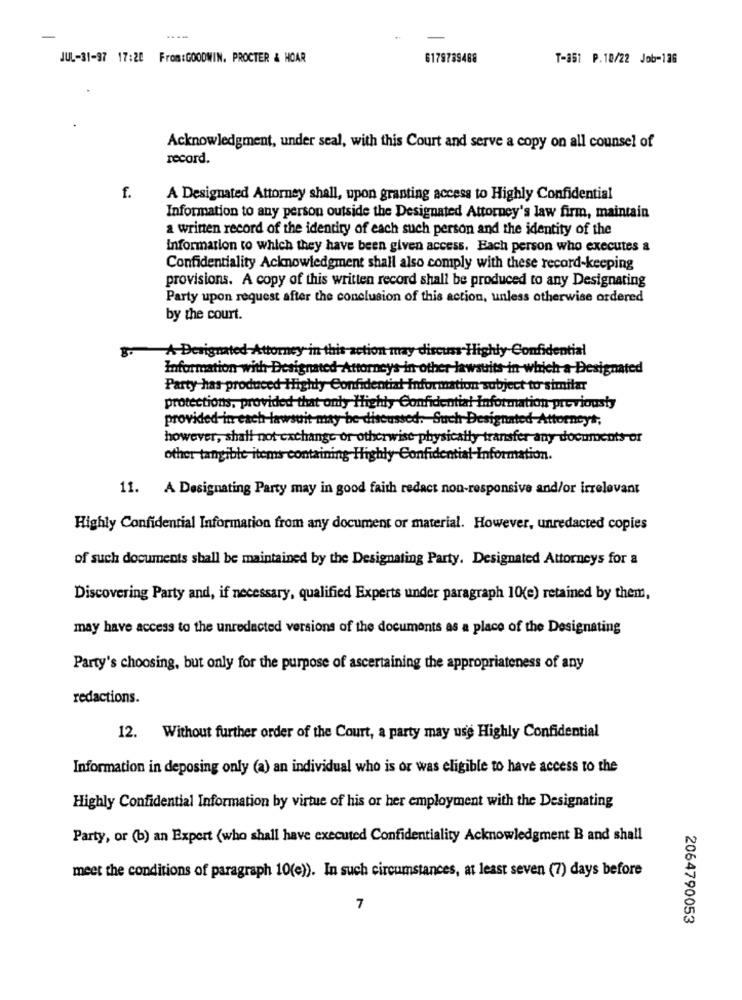
JUL-31-97 17:20
From: GOODWIN. PROCTER & HOAR
6179739488
T-351 P.10/22 Job-136
Acknowledgment, under seal, with this Court and serve a copy on all counsel of
record.
f.
A Designated Attorney shall, upon granting access to Highly Confidential
Information to any person outside the Designated Attorney's law firm, maintain
a written record of the identity of each such person and the identity of the
information to which they have been given access. Each person who executes a
Confidentiality Acknowledgment shall also comply with these record-keeping
provisions. A copy of this written record shall be produced to any Designating
Party upon request after the conclusion of this action, unless otherwise ordered
by the court.
A-Derig
ed-Attorney in th
is Highly Confidential
Information with Designated Attorneys-in other-lawsuits in which a Designated
Party has produced Highly Confid
formation subject to similar
protections, provided that only
otial Information previousty
provided-in each lawsuit-may
Such Designated Attorneys,
however, shall not exchange or
thysically transfer any documents of
other tangible items containing
idential Information.
11. A Designating Party may in good faith redact non-responsive and/or irrelevant
Highly Confidential Information from any document or material. However, unredacted copies
of such documents shall be maintained by the Designating Party. Designated Attorneys for a
Discovering Party and, if necessary, qualified Experts under paragraph 10(e) retained by them,
may have access to the unredacted versions of the documents as a place of the Designating
Party's choosing, but only for the purpose of ascertaining the appropriateness of any
redactions.
12. Without further order of the Court, a party may use Highly Confidential
Information in deposing only (a) an individual who is or was eligible to have access to the
Highly Confidential Information by virtue of his or her employment with the Designating
Party, or (b) an Expert (who shall have executed Confidentiality Acknowledgment B and shall
meet the conditions of paragraph 10(e)). In such circumstances, at least seven (7) days before
7
2064790053